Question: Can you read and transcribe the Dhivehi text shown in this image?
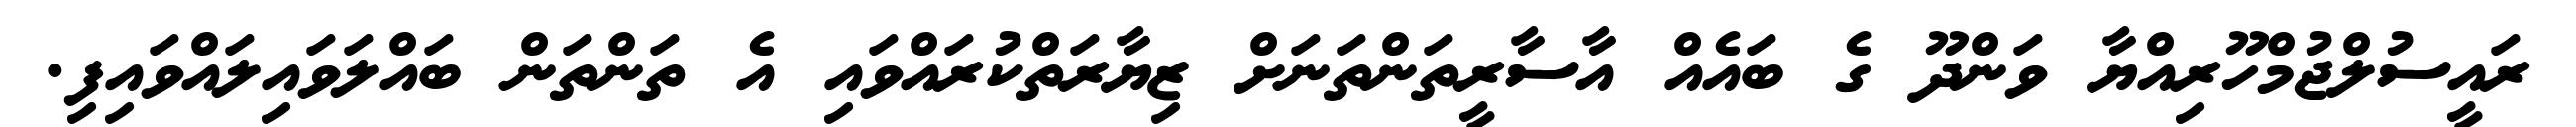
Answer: ރައީސުލްޖުމްހޫރިއްޔާ ވަންދޫ ގެ ބައެއް އާސާރީތަންތަނަށް ޒިޔާރަތްކުރައްވައި އެ ތަންތަން ބައްލަވައިލައްވައިފި.